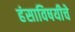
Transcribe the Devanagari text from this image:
हंसाविषयीचे